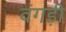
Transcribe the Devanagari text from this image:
वंगड़ी